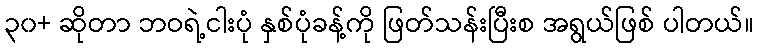
၃၀+ ဆိုတာ ဘဝရဲ့ငါးပုံ နှစ်ပုံခန့်ကို ဖြတ်သန်းပြီးစ အရွယ်ဖြစ် ပါတယ်။